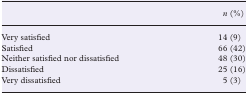
|  | n (%) |
 | --- | --- |
 | Very satisfied | 14 (9) |
 | Satisfied | 66 (42) |
 | Neither satisfied nor dissatisfied | 48 (30) |
 | Dissatisfied | 25 (16) |
 | Very dissatisfied | 5 (3) |